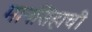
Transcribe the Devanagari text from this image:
मानसिंहाची